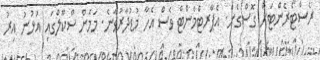
ރެސްޓޯރެންޓަށް ގޮސްގެން. އެޕާރޓްމެންޓް ވެސް އެހާ މުޑުދާރުވާނެ. މަމެން ސްކޫލްގައި އުޅުނު އިރު